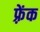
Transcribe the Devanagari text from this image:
फ़्रेंक